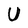
Character: U